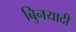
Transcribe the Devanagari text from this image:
बुिनयादी